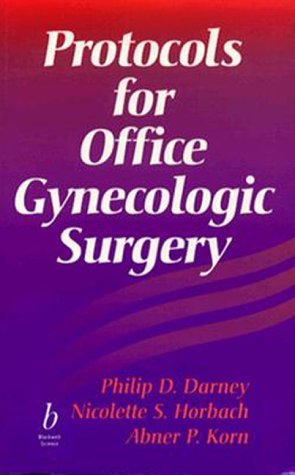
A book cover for Protocols for Office Gynecologic Surgery (Protocols in Obstetrics & Gynecology); Medical Books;